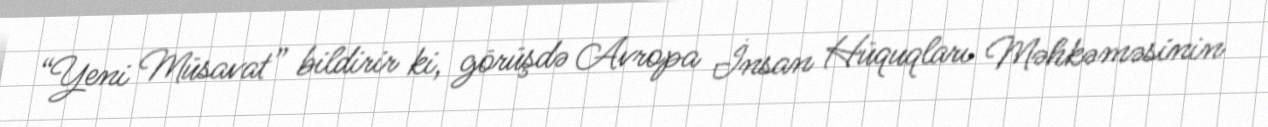
“Yeni Müsavat” bildirir ki, görüşdə Avropa İnsan Hüquqları Məhkəməsinin